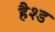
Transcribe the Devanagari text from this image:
हैश्ड